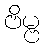
ဗိမ္ဗ